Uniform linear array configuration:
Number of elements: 64
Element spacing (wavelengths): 0.75
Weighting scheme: uniform
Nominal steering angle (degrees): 30
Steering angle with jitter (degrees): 29.63
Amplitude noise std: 0.05
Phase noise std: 0.05

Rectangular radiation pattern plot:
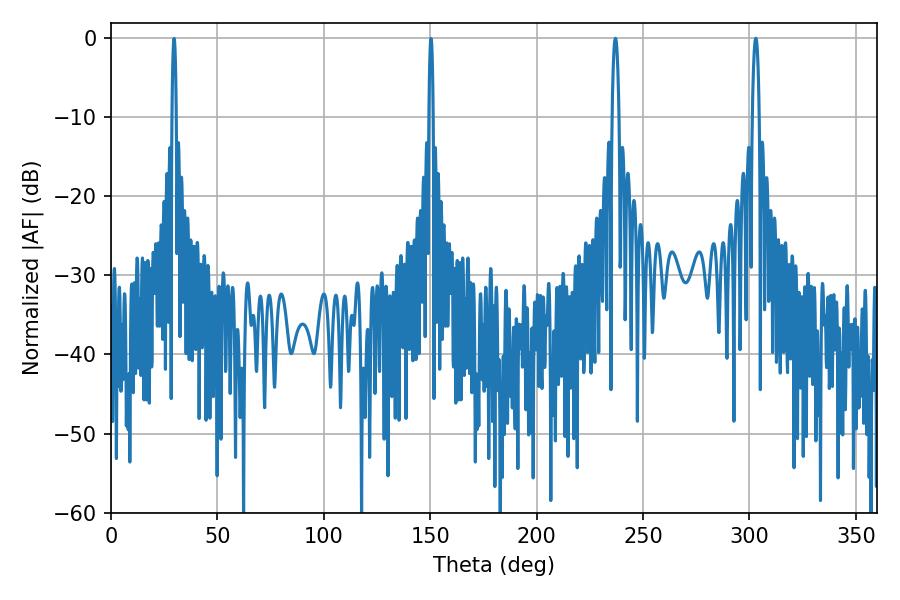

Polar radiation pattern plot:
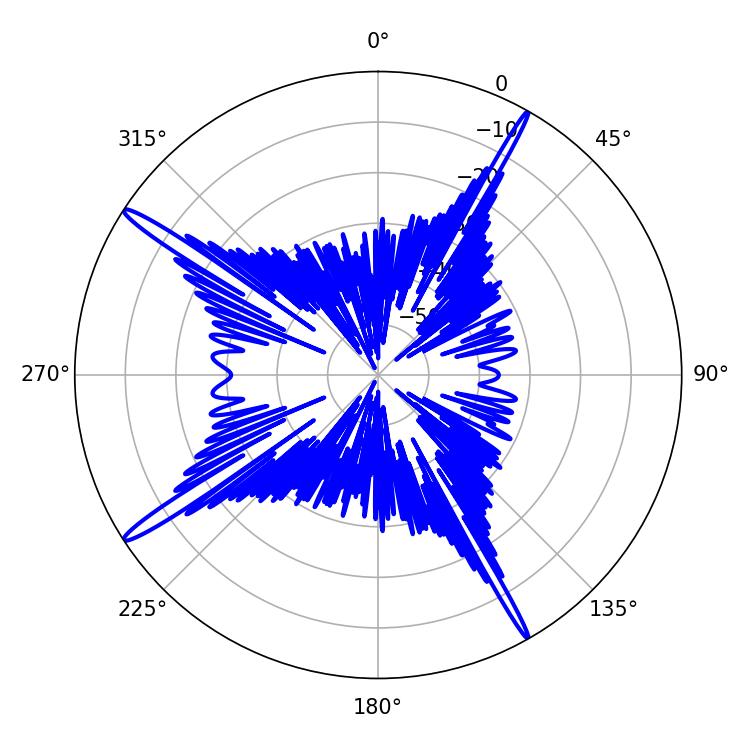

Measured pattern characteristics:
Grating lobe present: TRUE
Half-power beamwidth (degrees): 1.8
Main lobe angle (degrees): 302.94